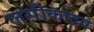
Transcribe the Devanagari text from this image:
लसीकाद्रव